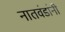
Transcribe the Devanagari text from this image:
नातवंडांनी